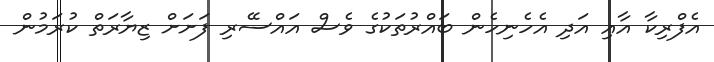
އެފްރިކާ އާއި އަދި އެހެނިހެން ބައްރުތަކުގެ ވެސް އައްސޭރި ފަށަށް ޒިޔާރަތް ކުރަމުން